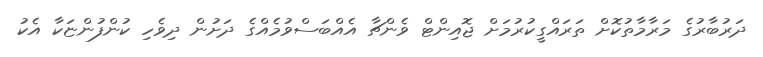
ދަރުބާރުގެ މަރާމާތުކޮށް ތަރައްގީކުރުމަށް ޖޮއިންޓް ވެންޗާ އެއްބަސްވުމެއްގެ ދަށުން ދިވެހި ކުންފުންޏަކާ އެކު